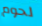
لحوم